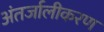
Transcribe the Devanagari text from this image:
अंतर्जालीकरण